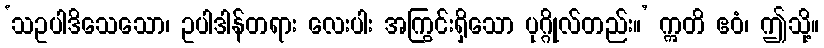
‘သဥပါဒိသေသော၊ ဥပါဒါန်တရား လေးပါး အကြွင်းရှိသော ပုဂ္ဂိုလ်တည်း။’ ဣတိ ဧဝံ၊ ဤသို့။